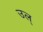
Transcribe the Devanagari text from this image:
उल्‌